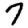
Digit: 7